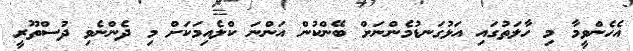
އެހެންވީމާ މި ހާލަތުގައި އަޅުގަނޑުމެންނަށް ބޭންކުން އަންނަ ކްލެއިމަކަށް މި ދެންނެވި ދުސްތޫރީ